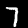
Label: 7